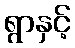
ရွာနှင့်